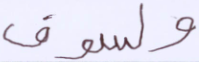
ولسوف